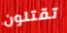
تقتلون